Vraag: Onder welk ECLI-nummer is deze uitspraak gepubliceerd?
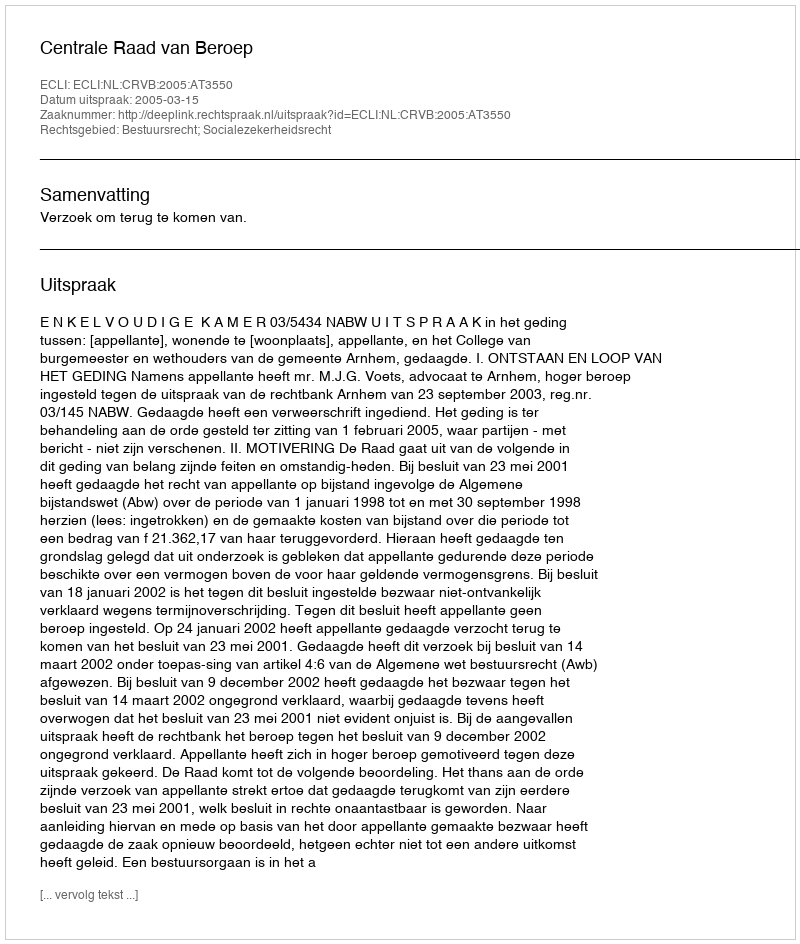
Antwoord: ECLI:NL:CRVB:2005:AT3550